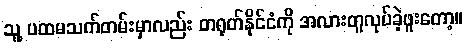
သူ့ ပထမသက်တမ်းမှာလည်း တရုတ်နိုင်ငံကို အလားတူလုပ်ခဲ့ဖူးတော့။